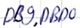
Text: DB9.DBD0